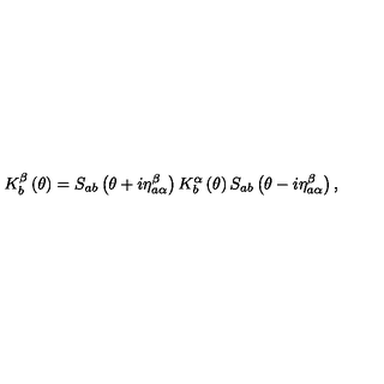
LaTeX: K _ { b } ^ { \beta } \left( \theta \right) = S _ { a b } \left( \theta + i \eta _ { a \alpha } ^ { \beta } \right) K _ { b } ^ { \alpha } \left( \theta \right) S _ { a b } \left( \theta - i \eta _ { a \alpha } ^ { \beta } \right) ,